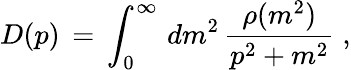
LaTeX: D(p)\, =\, \int_{0}^{\infty}\, dm^{2}\, \frac{\rho(m^{2})}{p^{2}+m^{2}}\; ,